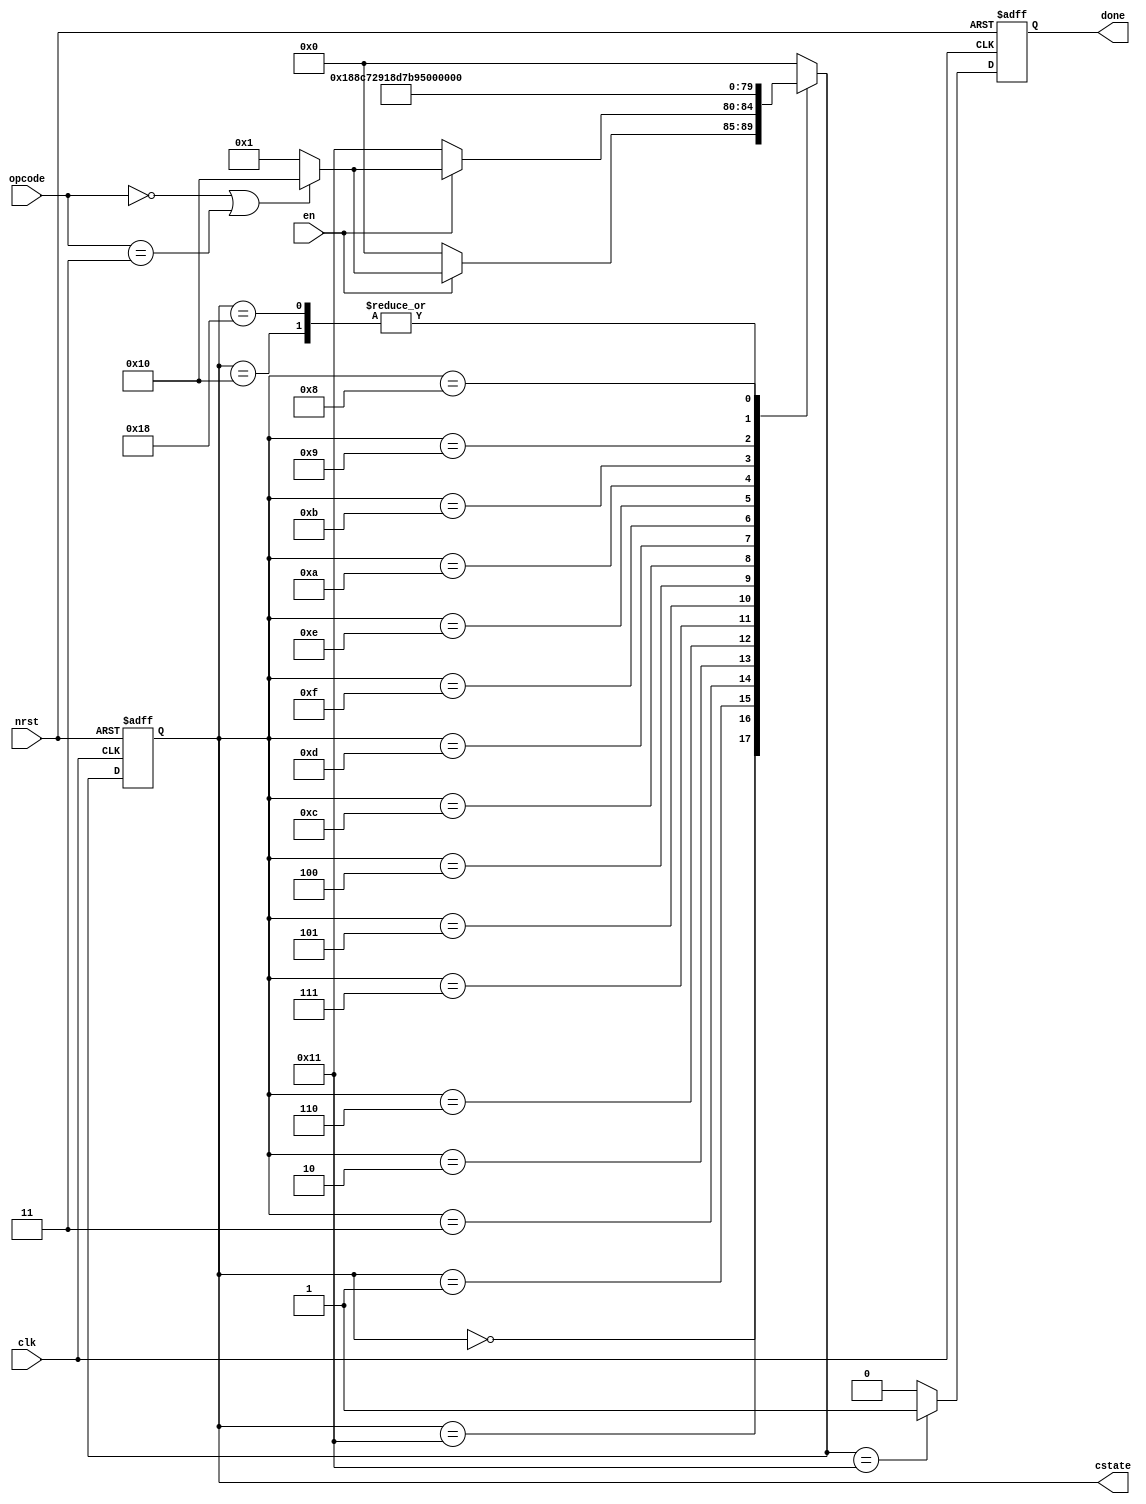
`timescale 1ns / 1ps
//////////////////////////////////////////////////////////////////////////////////
// Company: 
// Engineer: 
// 
// Design Name: 
// Module Name:    control 
// Project Name: 
// Target Devices: 
// Tool versions: 
// Description: 
//
// Dependencies: 
//
// Revision: 
// Revision 0.01 - File Created
// Additional Comments: 
//
//////////////////////////////////////////////////////////////////////////////////
module control(
    input clk,
    input nrst,
    input [1:0] opcode,
    input en,
    output reg [4:0] cstate,
    output reg done
    );
	// 0 = init state; 1-16 = mul & div states; 31 = add & compare state; 20 = "holding" state, waiting for new operation
	//Gray counter implementation (to avoid unexpected clocking of registers in the datapath)	
	reg [4:0] nstate;
	
	always@(posedge clk or negedge nrst) begin
		if(!nrst) begin
			cstate = 0;
			done = 0;
		end
		else begin
			cstate = nstate;
			case(cstate)
				5'b00000: done = 0;
				5'b11000: done = 0;
				5'b10001: done = 1;
				5'b10000: done = 0;
				default: done = 0;
			endcase
		end
	end
	
	//Next state assignment
	always@(*) begin
		case(cstate)
			5'b00000: nstate <= (en)? ( (opcode==2'd0 || opcode==2'd3)? 5'b10000 : 5'b00001) : 5'b00000;	//s0
			5'b10001: nstate <= (en)? ( (opcode==2'd0 || opcode==2'd3)? 5'b10000 : 5'b00001) : 5'b10001;	//s20
			5'b10000: nstate <= 5'b10001; //s31
			5'b00001: nstate <= 5'b00011;	//s1
			5'b00011: nstate <= 5'b00010;	//s2
			5'b00010: nstate <= 5'b00110;	//s3
			5'b00110: nstate <= 5'b00111;	//s4
			5'b00111: nstate <= 5'b00101;	//s5
			5'b00101: nstate <= 5'b00100;	//s6
			5'b00100: nstate <= 5'b01100;	//s7
			5'b01100: nstate <= 5'b01101;	//s8
			5'b01101: nstate <= 5'b01111;	//s9
			5'b01111: nstate <= 5'b01110;	//s10
			5'b01110: nstate <= 5'b01010;	//s11
			5'b01010: nstate <= 5'b01011;	//s12
			5'b01011: nstate <= 5'b01001;	//s13
			5'b01001: nstate <= 5'b01000;	//s14
			5'b01000: nstate <= 5'b11000;	//s15
			5'b11000: nstate <= 5'b10001;	//s16
			default: nstate <= 5'b00000;
		endcase
	end

endmodule